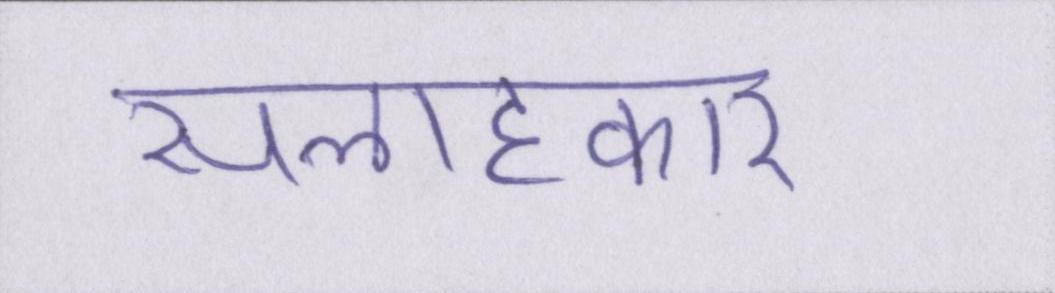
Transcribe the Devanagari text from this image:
सलाहकार